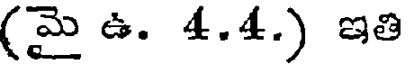
(మై ఉ. 4.4.) ఇతి